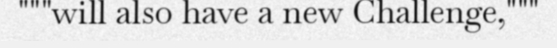
"""will also have a new Challenge,"""